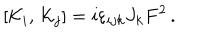
LaTeX: \left[ { \cal K } _ { i } , \, { \cal K } _ { j } \right] = i \varepsilon _ { i j k } J _ { k } F ^ { 2 } \, .